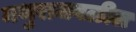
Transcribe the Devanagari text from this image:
मथुराजवळील